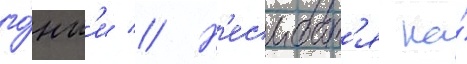
го́нк'и // Н'есмотр'я на́